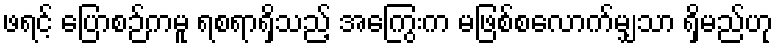
ဖရင့် ပြောစဉ်ကမူ ရစရာရှိသည့် အကြွေးက မဖြစ်စလောက်မျှသာ ရှိမည်ဟု